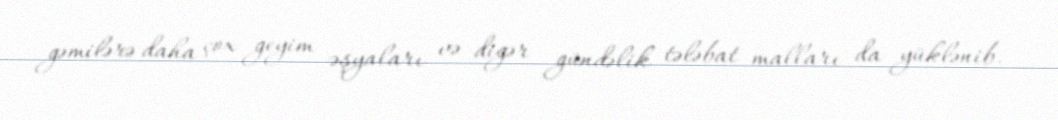
gəmilərə daha çox geyim əşyaları və digər gündəlik tələbat malları da yüklənib.